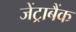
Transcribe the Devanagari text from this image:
जेंट्राबैंक